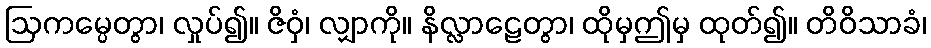
ဩကမ္ပေတွာ၊ လှုပ်၍။ ဇိဝှံ၊ လျှာကို။ နိလ္လာဠေတွာ၊ ထိုမှဤမှ ထုတ်၍။ တိဝိသာခံ၊